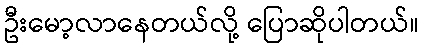
ဦးမော့လာနေတယ်လို့ ပြောဆိုပါတယ်။